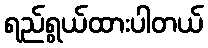
ရည်ရွယ်ထားပါတယ်